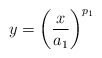
\begin{align*} y = \left( \frac{x}{a_1}\right)^{p_1}\end{align*}